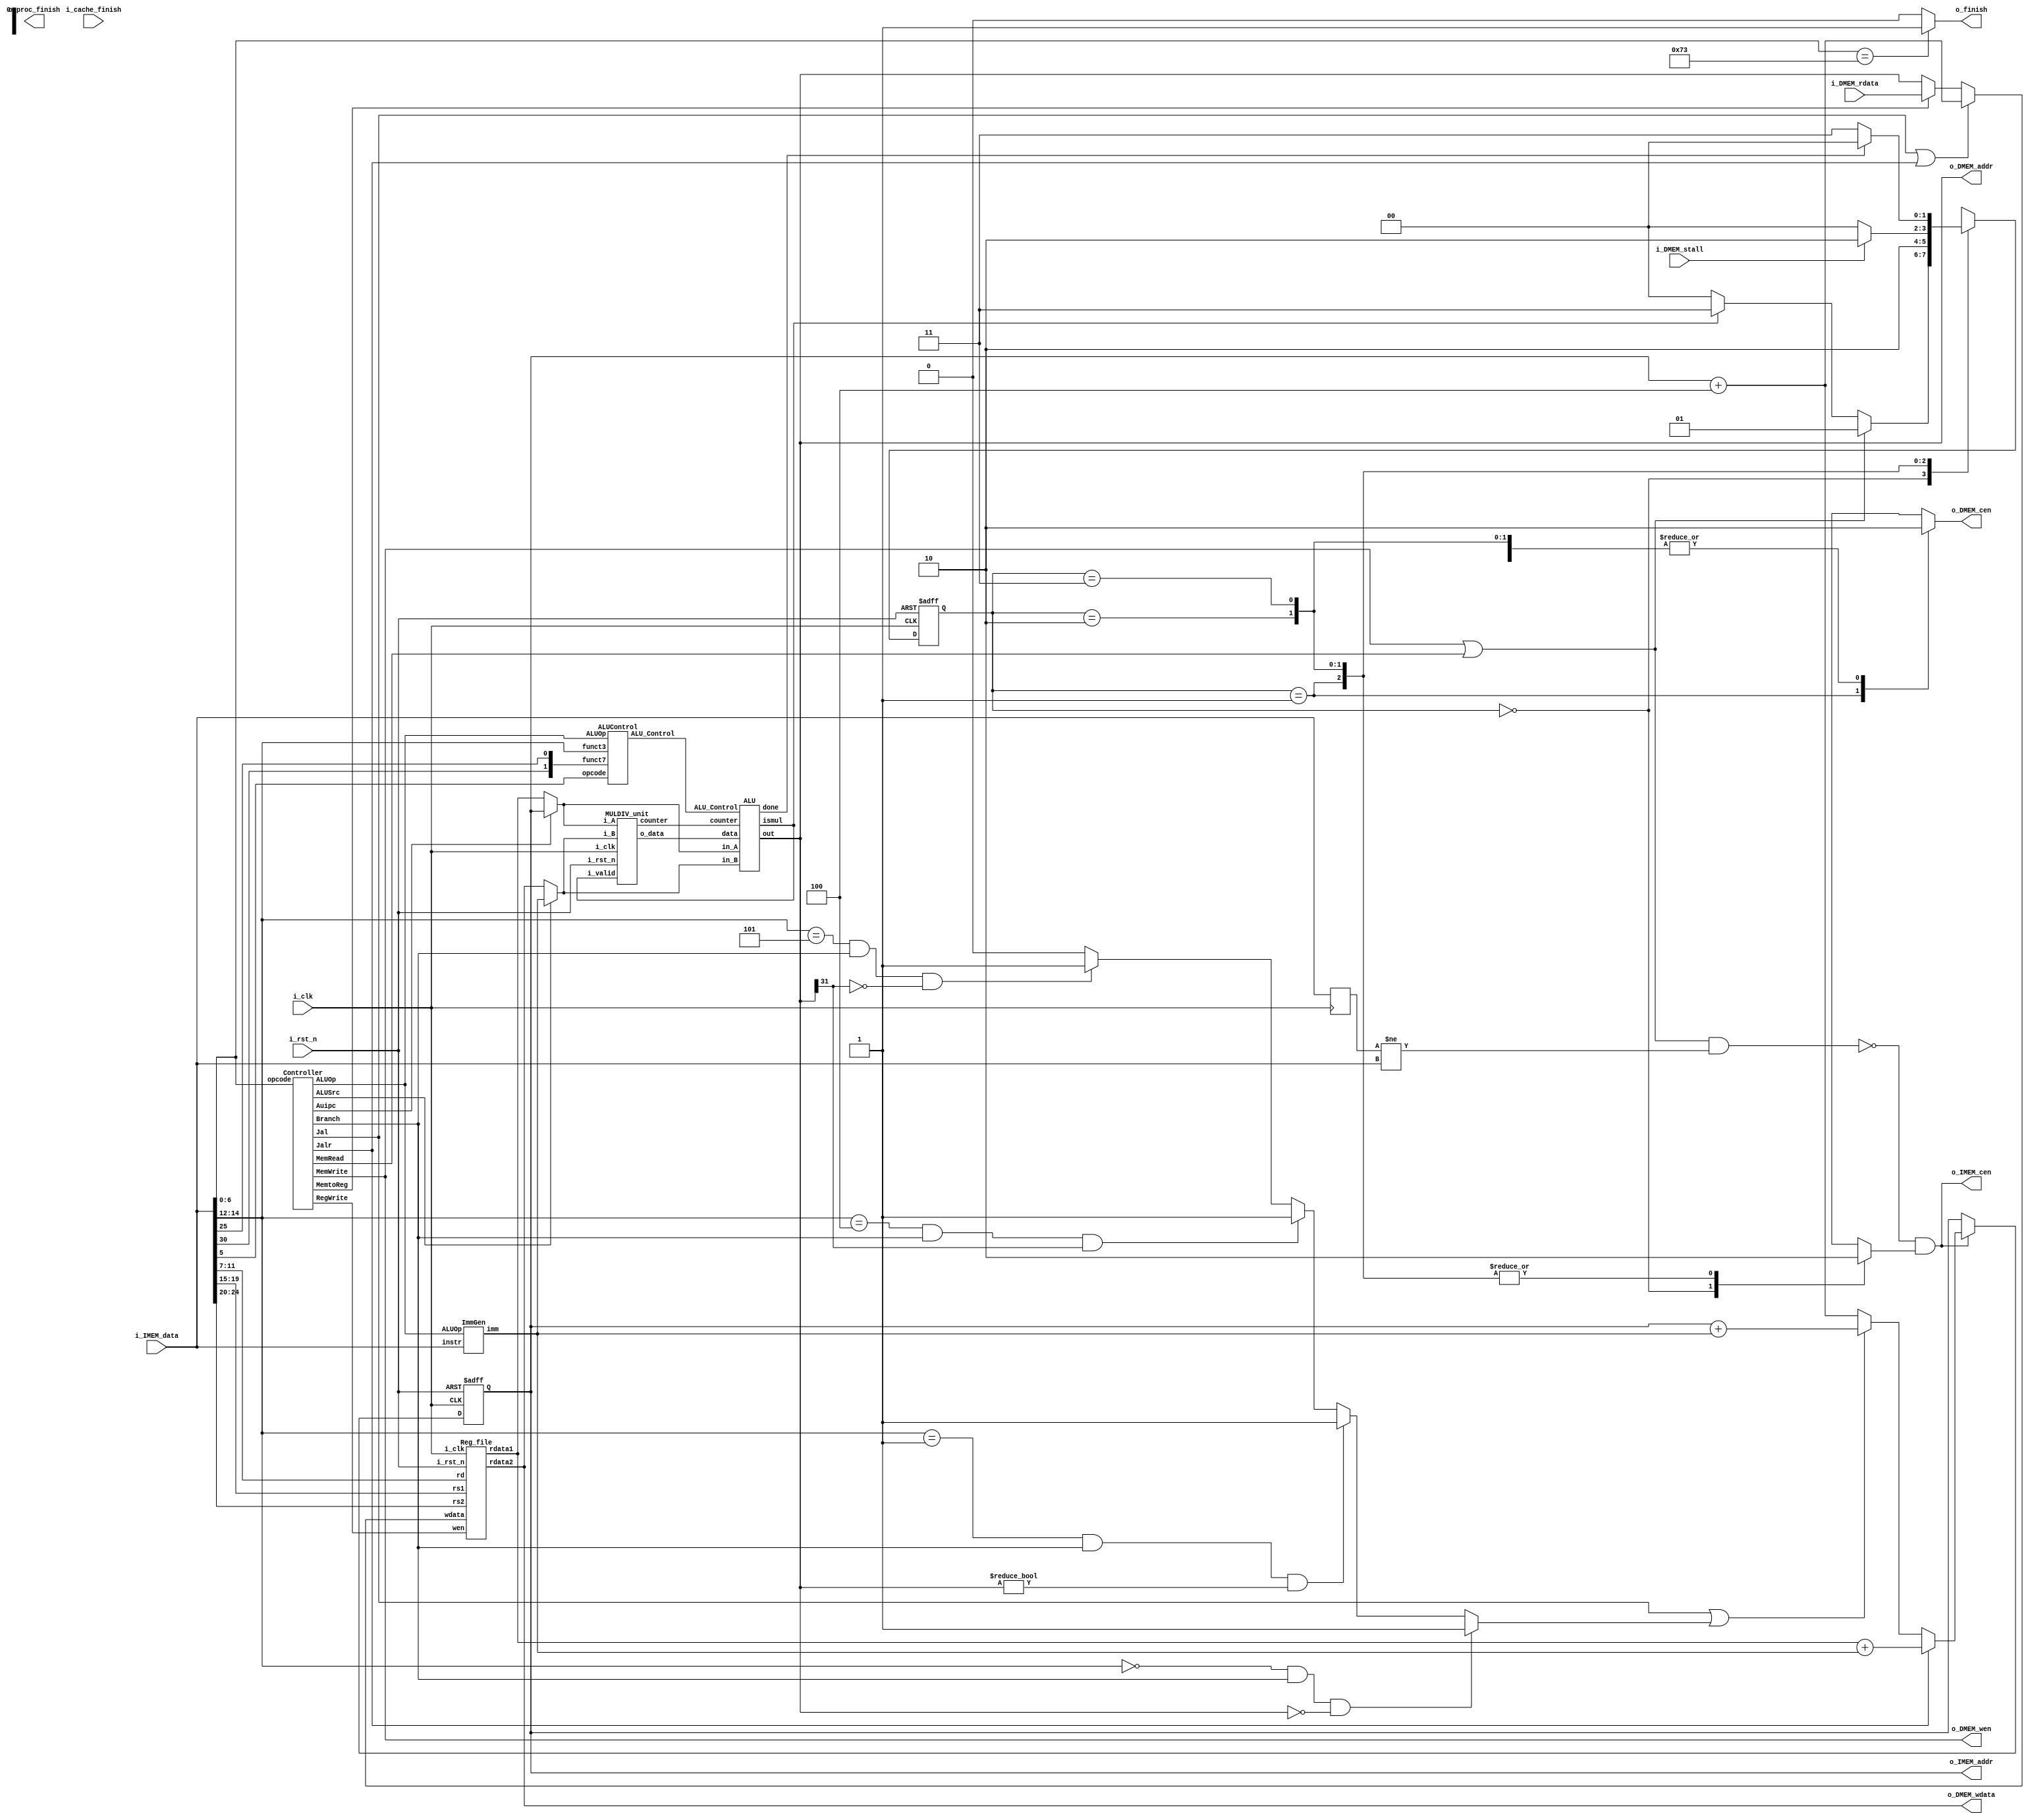
//----------------------------- DO NOT MODIFY THE I/O INTERFACE!! ------------------------------//
module CHIP #(                                                                                  //
    parameter BIT_W = 32                                                                        //
)(                                                                                              //
    // clock                                                                                    //
        input               i_clk,                                                              //
        input               i_rst_n,                                                            //
    // instruction memory                                                                       //
        input  [BIT_W-1:0]  i_IMEM_data,                                                        //
        output [BIT_W-1:0]  o_IMEM_addr,                                                        //
        output              o_IMEM_cen,                                                         //
    // data memory                                                                              //
        input               i_DMEM_stall,                                                       //
        input  [BIT_W-1:0]  i_DMEM_rdata,                                                       //
        output              o_DMEM_cen,                                                         //
        output              o_DMEM_wen,                                                         //
        output [BIT_W-1:0]  o_DMEM_addr,                                                        //
        output [BIT_W-1:0]  o_DMEM_wdata,                                                       //
    // finnish procedure                                                                        //
        output              o_finish,                                                           //
    // cache                                                                                    //
        input               i_cache_finish,                                                     //
        output              o_proc_finish                                                       //
);                                                                                              //
//----------------------------- DO NOT MODIFY THE I/O INTERFACE!! ------------------------------//

// ------------------------------------------------------------------------------------------------------------------------------------------------------
// Parameters
// ------------------------------------------------------------------------------------------------------------------------------------------------------

    // TODO: any declaration

// ------------------------------------------------------------------------------------------------------------------------------------------------------
// Wires and Registers
// ------------------------------------------------------------------------------------------------------------------------------------------------------
    
    // TODO: any declaration
    reg [BIT_W-1:0] PC, PC_plus4, PC_plusimm, PC_branch, PC_nxt;
    reg [1:0] state, state_nxt;
    reg dcen,icen;
    reg [31:0] instruc_delay;
    reg fin_sig;
    
    
    wire [BIT_W-1:0] mem_addr, mem_wdata, mem_rdata;
    wire alusrc,memtoreg,regwrite,memread,memwrite,branch,jal,jalr,auipc;
    wire [1:0] aluop;
    wire [31:0] imm;
    wire [2:0] alu_control;
    wire [31:0] in_A,in_B;
    wire [31:0] rd1;
    wire [31:0] m2r,wd,m2r_nxt;
    wire jump;
    wire block;
    wire [4:0] counter;
    wire alu_mul;
    wire [63:0] o_data;
    wire alu_done;
    wire new;

    
    




// ------------------------------------------------------------------------------------------------------------------------------------------------------
// Continuous Assignment
    assign in_A = (auipc)? PC : rd1;
    assign in_B = (alusrc)? imm : o_DMEM_wdata;
    assign m2r = (memtoreg)? i_DMEM_rdata : o_DMEM_addr;
    assign wd = (jal|jalr)? PC_plus4 : m2r;
    assign o_IMEM_addr = PC;
    assign jump = (i_IMEM_data[14:12] == 3'b000 && branch ==1 && o_DMEM_addr ==0)? 1: //jump
                  (i_IMEM_data[14:12] == 3'b001 && branch ==1 && o_DMEM_addr !=0)? 1:
                  (i_IMEM_data[14:12] == 3'b100 && branch ==1 && o_DMEM_addr[31] ==1)? 1:
                  (i_IMEM_data[14:12] == 3'b101 && branch ==1 && o_DMEM_addr[31] ==0)? 1:0;
    assign o_DMEM_wen = memwrite;
    assign o_IMEM_cen = ~block&icen;
    assign o_DMEM_cen = dcen;
    assign block = (memwrite|memread)&(new);
    assign new = (instruc_delay != i_IMEM_data);
    assign o_finish = fin_sig;

    

// ------------------------------------------------------------------------------------------------------------------------------------------------------

    // TODO: any wire assignment

// ------------------------------------------------------------------------------------------------------------------------------------------------------
// Submoddules
    Controller control_unit(
        .opcode(i_IMEM_data[6:0]), 
        .ALUSrc(alusrc), 
        .MemtoReg(memtoreg), 
        .RegWrite(regwrite), 
        .MemRead(memread), 
        .MemWrite(memwrite), 
        .Branch(branch), 
        .Jal(jal), 
        .Jalr(jalr),
        .ALUOp(aluop),
        .Auipc(auipc));

    ImmGen imm_gen_unit(
        .instr(i_IMEM_data), 
        .ALUOp(aluop), 
        .imm(imm));


    ALUControl alu_control_unit(
        .ALUOp(aluop), 
        .funct7({i_IMEM_data[30],i_IMEM_data[25]}), 
        .funct3(i_IMEM_data[14:12]), 
        .opcode(i_IMEM_data[5]),
        .ALU_Control(alu_control));

    ALU alu_unit(
        .ALU_Control(alu_control), 
        .in_A(in_A), 
        .in_B(in_B), 
        .out(o_DMEM_addr),
        .counter(counter),
        .data(o_data),
        .done(alu_done),
        .ismul(alu_mul));


    MULDIV_unit mul(
        .i_clk(i_clk), 
        .i_rst_n(i_rst_n), 
        .i_valid(alu_mul), 
        .i_A(in_A), 
        .i_B(in_B), 
        .o_data(o_data), 
        .counter(counter));


// ------------------------------------------------------------------------------------------------------------------------------------------------------

    // TODO: Reg_file wire connection
    Reg_file reg0(               
        .i_clk  (i_clk),             
        .i_rst_n(i_rst_n),         
        .wen    (regwrite),          
        .rs1    (i_IMEM_data[19:15]),                
        .rs2    (i_IMEM_data[24:20]),                
        .rd     (i_IMEM_data[11:7]),                 
        .wdata  (wd),             
        .rdata1 (rd1),           
        .rdata2 (o_DMEM_wdata)
    );

// ------------------------------------------------------------------------------------------------------------------------------------------------------
// Always Blocks
    // FSM
    always @(*) begin//state handle for mem or not
        case(state)
            2'b00  : begin
                        icen = 1;
                        dcen = 0;
                        if(memwrite|memread) state_nxt = 2'b01;
                        else if(alu_mul) state_nxt = 2'b11;
                        else state_nxt = 2'b00;
                    end
            2'b01   : begin
                        icen = 0;
                        dcen = 1;
                        state_nxt = 2'b10;       
                    end
            2'b10   : begin
                        icen = 0;
                        dcen = 0;
                        if(i_DMEM_stall) state_nxt = 2'b10;
                        else state_nxt = 2'b00;  
                    end
            2'b11   : begin
                        icen = 0;
                        dcen = 0;
                        if(alu_done) state_nxt = 2'b00;
                        else state_nxt = 2'b11;   
                    end          
            default : begin
                        icen = 0;
                        dcen = 0;
                        state_nxt = 2'b00; 
                    end
        endcase
    end
    always @(*) begin//PC handle next PC and  branch PC
        if(o_IMEM_cen) begin // load instruction
            PC_plus4 = PC + 4;
            PC_plusimm = PC + $signed(imm);
            if(jal || jump) PC_branch = PC_plusimm;
            else PC_branch = PC_plus4;
            if(jalr) PC_nxt = $signed(rd1) + $signed(imm);
            else PC_nxt = PC_branch;
        end
        else begin // not load instruction
            PC_nxt = PC;
            PC_plus4 = PC + 4;
            PC_plusimm = PC + $signed(imm);
            if(jal || jump) PC_branch = PC_plusimm;
            else PC_branch = PC_plus4;
        end

    end

    always @(*) begin
        if (i_IMEM_data[6:0] == 7'b1110011) fin_sig = 1'd1;
        else fin_sig = 1'd0;
    end
// ------------------------------------------------------------------------------------------------------------------------------------------------------
    
    // Todo: any combinational/sequential circuit

    always @(posedge i_clk or negedge i_rst_n) begin
        if (!i_rst_n) begin
            PC <= 32'h00010000; // Do not modify this value!!!
            state <= 2'b00;
        end
        else begin
            PC <= PC_nxt;
            state <= state_nxt;
        end
    end


    always @(posedge i_clk) begin
        instruc_delay <= i_IMEM_data;
    end


endmodule

module Reg_file(i_clk, i_rst_n, wen, rs1, rs2, rd, wdata, rdata1, rdata2);
   
    parameter BITS = 32;
    parameter word_depth = 32;
    parameter addr_width = 5; // 2^addr_width >= word_depth
    
    input i_clk, i_rst_n, wen; // wen: 0:read | 1:write
    input [BITS-1:0] wdata;
    input [addr_width-1:0] rs1, rs2, rd;

    output [BITS-1:0] rdata1, rdata2;

    reg [BITS-1:0] mem [0:word_depth-1];
    reg [BITS-1:0] mem_nxt [0:word_depth-1];

    integer i;

    assign rdata1 = mem[rs1];
    assign rdata2 = mem[rs2];

    always @(*) begin
        for (i=0; i<word_depth; i=i+1) 
            mem_nxt[i] = (wen && (rd == i)) ? wdata : mem[i];
    end

    always @(posedge i_clk or negedge i_rst_n) begin
        if (!i_rst_n) begin
            mem[0] <= 0;
            for (i=1; i<word_depth; i=i+1) begin
                case(i)
                    32'd2: mem[i] <= 32'hbffffff0;
                    32'd3: mem[i] <= 32'h10008000;
                    default: mem[i] <= 32'h0;
                endcase
            end
        end
        else begin
            mem[0] <= 0;
            for (i=1; i<word_depth; i=i+1)
                mem[i] <= mem_nxt[i];
        end       
    end
endmodule

module MULDIV_unit(i_clk, i_rst_n, i_valid, i_A, i_B, o_data, counter);
    input          i_clk;
    input          i_rst_n;
    input          i_valid;
    input  [31:0]  i_A;
    input  [31:0]  i_B;
    output [63:0]  o_data;
    output reg [4:0] counter;
    // Todo: HW2
    reg            state, state_nxt;
    reg    [4:0]   counter_nxt;
    reg    [63:0]  ans;
    reg    [63:0]  ans_nxt;
    reg    [31: 0] operand_a, operand_a_nxt;
    reg    [31: 0] operand_b, operand_b_nxt;

    assign o_data = ans ;

    parameter S_IDLE           = 1'd0;
    parameter S_MULTI_CYCLE_OP = 1'd1;


    always @(*) begin
        if (i_valid && counter == 0) begin
            operand_a_nxt = i_A;
            operand_b_nxt = i_B;
        end
        else begin
            operand_a_nxt = operand_a;
            operand_b_nxt = operand_b;
        end
    end

    // Todo: FSM
    always @(*) begin
        case(state)
            S_IDLE : 
            begin
                if (i_valid == 1)
                begin
                    state_nxt = S_MULTI_CYCLE_OP;
                end
                else state_nxt = state;
            end
            S_MULTI_CYCLE_OP : state_nxt = (counter == 5'd31)? S_IDLE : S_MULTI_CYCLE_OP;
            default : state_nxt = state;
        endcase
    end


    // Todo: Counter
    always @(*)
    begin
        if (state == S_IDLE) counter_nxt = 5'd0;
        else counter_nxt = counter + 1;
    end
    // Todo: ALU output
    always @(*)
    begin
        if (state == S_MULTI_CYCLE_OP) begin
            if (counter == 0)
            begin
                ans_nxt[30:0] = operand_a[31:1];
                if (operand_a[0] == 1) 
                begin
                    ans_nxt[62:31] = operand_b;
                    ans_nxt[63] = 1'd0;
                end
                else ans_nxt[63:31] = 33'd0;
            end
            else
            begin
                ans_nxt[62:0] = ans[63:1];
                if (ans[0] == 1) ans_nxt[63:31] = ans[63:32] + operand_b;
                else 
                begin
                    ans_nxt[63] = 1'd0;
                end
            end
        end
        else ans_nxt = 64'd0;
    end

    always @(posedge i_clk or negedge i_rst_n) begin
        if (!i_rst_n) begin
            state       <= S_IDLE;
            operand_a   <= 0;
            operand_b   <= 0;
            counter <= 0;
        end
        else begin
            state       <= state_nxt;
            operand_a   <= operand_a_nxt;
            operand_b   <= operand_b_nxt;
            counter     <= counter_nxt;
            ans         <= ans_nxt;
        end
    end



    //--------------------------------------------------------------------------------------------------------
    // Todo: FSM
    // 0: idle
    // 1: mul
    // always @(*) begin

    //     case(state)
    //         1'b0: begin
    //             // IDLE
    //             if(i_valid) begin
    //                 if(shift[0]) alu_out = shift[63:32] + alu_in;
    //                 else alu_out = {1'b0,shift[63:32]};
    //                 next_state = 1'b1;
    //             end
    //             else begin
    //                 next_state = 1'b0;
    //                 alu_out = 33'b0;
    //             end
    //         end
    //         1'b1: begin
    //             // MUL
    //             if(shift[0]) alu_out = shift[63:32] + alu_in;
    //             else alu_out = {1'b0,shift[63:32]};
    //             if(counter==31) next_state = 1'b0;
    //             else next_state = 1'b1;
    //         end
    //     endcase
    // end
    // // Todo: Counter
    // always @(*) begin
    //     case(state)
    //         1'b0: next_counter = 0;
    //         1'b1: begin
    //             if(counter==31) next_counter = 1;
    //             else next_counter = counter + 1;
    //         end
    //     endcase
    // end
    // // Todo: ALU output
    // always @(*) begin
    //     case(state)
    //         1'b0: begin
    //             if(i_valid) next_alu_in = {32'b0,i_B};
    //             else next_alu_in = 0;
    //         end
    //         1'b1: next_alu_in = alu_in;
    //     endcase
    // end
    // // Todo: Shift register
    // always @(*) begin
    //     case(state) 
    //         1'b0: begin
    //             data = 0;
    //             if(i_valid) next_shift = {32'b0,i_A};
    //             else next_shift = 0;
    //         end
    //         1'b1 : begin
    //             next_shift = {alu_out,shift[31:1]};
    //             if(counter == 31) data = next_shift;
    //             else data = 0;
    //         end
    //     endcase
    // end
    // // Todo: Sequential always block
    // always @(posedge i_clk or negedge i_rst_n) begin
    //     if (!i_rst_n) begin
    //         state <= 1'b0;
    //         counter <= 5'b0;
    //         alu_in <= 32'b0;
    //         shift <= 64'b0;
    //     end
    //     else begin
    //         state <= next_state;
    //         counter <= next_counter;
    //         alu_in <= next_alu_in;
    //         shift <= next_shift;
    //     end
    // end
    //--------------------------------------------------------------------------------------------------------
endmodule



module Cache#(
        parameter BIT_W = 32,
        parameter ADDR_W = 32
    )(
        input i_clk,
        input i_rst_n,
        // processor interface
            input i_proc_cen,
            input i_proc_wen,
            input [ADDR_W-1:0] i_proc_addr,
            input [BIT_W-1:0]  i_proc_wdata,
            output [BIT_W-1:0] o_proc_rdata,
            output o_proc_stall,
            input i_proc_finish,
            output o_cache_finish,
        // memory interface
            output o_mem_cen,
            output o_mem_wen,
            output [ADDR_W-1:0] o_mem_addr,
            output [BIT_W*4-1:0]  o_mem_wdata,
            input [BIT_W*4-1:0] i_mem_rdata,
            input i_mem_stall,
            output o_cache_available,
        // others
        input  [ADDR_W-1: 0] i_offset
    );

    assign o_cache_available = 0; // change this value to 1 if the cache is implemented

    //------------------------------------------//
    //          default connection              //
    assign o_mem_cen = i_proc_cen;              //
    assign o_mem_wen = i_proc_wen;              //
    assign o_mem_addr = i_proc_addr;            //
    assign o_mem_wdata = i_proc_wdata;          //
    assign o_proc_rdata = i_mem_rdata[0+:BIT_W];//
    assign o_proc_stall = i_mem_stall;          //
    //------------------------------------------//

    // Todo: BONUS

endmodule





module Controller(opcode, ALUSrc, MemtoReg, RegWrite, MemRead, MemWrite, Branch, Jal, Jalr, ALUOp, Auipc);
    input  [6:0] opcode;
    output       ALUSrc, MemtoReg, RegWrite, MemRead, MemWrite, Branch, Jal, Jalr, Auipc;
    output [1:0] ALUOp;
    reg    [10:0] control;

    assign {ALUSrc, MemtoReg, RegWrite, MemRead, MemWrite, Branch, Jal, Jalr, ALUOp, Auipc} = control;

    always @(*) begin

        control = 11'b00000000000;
        case(opcode)
            7'b0110011: control = 11'b00100000100; // R-type
            7'b0010011: control = 11'b10100000100; // I-type
            7'b0000011: control = 11'b11110000000; // lw
            7'b0100011: control = 11'b10001000000; // sw
            7'b1100011: control = 11'b00000100010; // beq, bne, blt, bge
            7'b1101111: control = 11'b10100010000; // jal
            7'b1100111: control = 11'b10100001000; // jalr
            7'b0010111: control = 11'b10100000001; // auipc
            // 7'b1110011: control = 11'b00000000000; // ecall
        endcase
    end
endmodule

module ALUControl(ALUOp, funct7, funct3, opcode, ALU_Control);
    input      [1:0] ALUOp, funct7;
    input      [2:0] funct3;
    input            opcode;
    output reg [2:0] ALU_Control;

    always @(*) begin
        case(ALUOp)
            2'b00: ALU_Control = 3'b000; // add
            2'b01: ALU_Control = 3'b001; // sub
            2'b10: begin
                if(opcode) begin
                    case(funct3)
                        3'b000: begin
                            ALU_Control = (funct7==2'b00) ? 3'b000 :          // add
                                          (funct7==2'b10) ? 3'b001 : 3'b011;  // sub, mul
                        end
                        3'b111: ALU_Control = 3'b010; // and
                        3'b100: ALU_Control = 3'b100; // xor
                        default: ALU_Control = 3'b000;
                    endcase
                end
                else begin
                    case(funct3)
                        3'b000: ALU_Control = 3'b000; // addi
                        3'b001: ALU_Control = 3'b101; // slli
                        3'b101: ALU_Control = 3'b110; // srai
                        3'b010: ALU_Control = 3'b111; // slti
                        default: ALU_Control = 3'b000;
                    endcase

                end
            end
            default: ALU_Control = 3'b000;
        endcase
    end
endmodule

module ALU(ALU_Control, in_A, in_B, out, counter, data, done, ismul);
    input      [2:0]  ALU_Control;
    input      [31:0] in_A, in_B;
    input      [4:0]  counter;
    input      [63:0] data;
    output reg [31:0] out;
    output reg        done;
    output            ismul;  

    reg mul;

    assign ismul = mul; 
    always @(*) begin
        out = 32'b0;
        case(ALU_Control)
            3'b000: begin
                out = $signed(in_A) + $signed(in_B); // add
                done = 1'b1;
                mul = 1'b0;
            end
            3'b001: begin
                out = $signed(in_A) - $signed(in_B); // sub
                done = 1'b1;
                mul = 1'b0;
            end
            3'b010: begin
                out = in_A & in_B; // and
                done = 1'b1;
                mul = 1'b0;
            end
            3'b011: begin
                out = data[31:0]; // mul
                if(counter==31) done = 1'b1;
                else done = 1'b0;  
                mul = 1'b1;    
            end
            3'b100: begin
                out = in_A ^ in_B; // xor
                done = 1'b1;
                mul = 1'b0;
            end
            3'b101: begin
                out = in_A << $signed(in_B[4:0]); // slli
                // out = in_A << in_B[4:0]; // slli
                done = 1'b1;
                mul = 1'b0;
            end
            3'b110: begin
                out = in_A >>> $signed(in_B[4:0]); // srai
                // out = in_A >>> in_B[4:0]; // srai
                done = 1'b1;
                mul = 1'b0;
            end
            3'b111: begin
                out = ($signed(in_A) < $signed(in_B)) ? 1:0; // slti
                done = 1'b1;
                mul = 1'b0;
            end
        endcase
    end
endmodule

module ImmGen(instr, ALUOp, imm);
    input      [31:0] instr;
    input      [1:0]  ALUOp;
    output reg [31:0] imm;

    always @(*) begin      
        case(ALUOp)
            2'b10: imm = {{20{instr[31]}}, instr[31:20]}; // I-type
            2'b01: imm = {{20{instr[31]}}, instr[7], instr[30:25], instr[11:8], 1'b0}; // beq, bne, blt, bge
            2'b00: begin
                case(instr[6:0])
                    7'b0000011: imm = {{20{instr[31]}}, instr[31:20]}; // lw
                    7'b0100011: imm = {{20{instr[31]}}, instr[31:25], instr[11:7]}; // sw
                    7'b1101111: imm = {{12{instr[31]}}, instr[19:12], instr[20], instr[30:21], 1'b0}; // jal
                    7'b1100111: imm = {{20{instr[31]}}, instr[31:20]}; // jalr
                    7'b0010111: imm = {instr[31:12],12'b0}; // auipc
                    default: imm = 32'b0;
                endcase
            end
            default: imm = 32'b0;
        endcase
    end
endmodule









// module Cache#(
//         parameter BIT_W = 32,
//         parameter ADDR_W = 32
//     )(
//         input i_clk,
//         input i_rst_n,
//         // processor interface
//             input i_proc_cen,
//             input i_proc_wen,
//             input [ADDR_W-1:0] i_proc_addr,
//             input [BIT_W-1:0]  i_proc_wdata,
//             output [BIT_W-1:0] o_proc_rdata,
//             output o_proc_stall,
//         // memory interface
//             output o_mem_cen,
//             output o_mem_wen,
//             output [ADDR_W-1:0] o_mem_addr,
//             output [BIT_W-1:0]  o_mem_wdata,
//             input [BIT_W-1:0] i_mem_rdata,
//             input i_mem_stall
//     );


// /*    //---------------------------------------//
//     //          default connection           //
//     assign o_mem_cen = i_proc_cen;        //
//     assign o_mem_wen = i_proc_wen;        //
//     assign o_mem_addr = i_proc_addr;      //
//     assign o_mem_wdata = i_proc_wdata;    //
//     assign o_proc_rdata = i_mem_rdata;    //
//     assign o_proc_stall = i_mem_stall;    //
//     //---------------------------------------//

// */
//     // Todo: BONUS
 
//     //==== state definition ===================================
//         parameter READY = 2'b00; 
//         parameter MISS  = 2'b01;
//         parameter WRITE  = 2'b10; 
//     //==== wire/reg definition ================================
//         // 30 = 28 + 2
//         wire [29:0]  proc_addr;
//         reg          mem_cen,mem_wen,proc_stall;
//         reg          mem_write_w, mem_write_r;
//         reg  [31:0]  mem_addr_w, mem_addr_r;
//         reg  [31:0]  mem_wdata_w, mem_wdata_r;
//         reg  [1:0]   state_w, state_r;
//         reg  [63:0]  cache_w[0:3], cache_r[0:3];
//         reg  [55:0]  tag_w[0:3], tag_r[0:3];
//         reg          lru_w[0:3], lru_r[0:3];
//         wire [1:0]   index;
//         wire [63:0]  data;
//         wire [55:0]  tag;
//         wire         lru;
//         wire         hit1, hit0;
//         wire         hit;
//         integer i;

//     //==== combinational circuit ==============================
//         assign proc_addr = i_proc_addr[31:2];
//         assign index = proc_addr[1:0];
//         assign {tag, data, lru} = {tag_r[index], cache_r[index], lru_r[index]};
//         assign hit1 = (tag[55:28] == proc_addr[29:2]);
//         assign hit0 = (tag[27:0] == proc_addr[29:2]);
//         assign hit = hit1 || hit0;
//         assign o_mem_addr = mem_addr_r;
//         assign o_mem_wdata = mem_wdata_r;
//         assign o_mem_cen = mem_cen;
//         assign o_mem_wen = mem_wen;
//         assign o_proc_stall = proc_stall;
//         assign o_proc_rdata = (hit1)? data[63:32]: data[31:0];

//        always @(*) begin
//             case(state_r)
//                 READY: begin
//                     if(i_proc_cen) begin
//                         if(hit) begin
//                             if(!i_proc_wen) begin
//                                 // read hit
//                                 proc_stall = 1'b0;
//                                 state_w = state_r;
//                                 mem_cen = 1'b0;
//                                 mem_wen = 1'b0;
//                                 mem_addr_w = mem_addr_r;
//                                 mem_wdata_w = mem_wdata_r;
//                             end
//                             else begin
//                                 // write hit
//                                 proc_stall = 1'b1;
//                                 state_w = WRITE;
//                                 mem_cen = 1'b1;
//                                 mem_wen = 1'b1;
//                                 mem_addr_w = i_proc_addr;
//                                 mem_wdata_w = i_proc_wdata;
//                             end
//                         end
//                         else begin
//                             // miss
//                             proc_stall = 1'b1;
//                             state_w = MISS;
//                             mem_cen = 1'b1;
//                             mem_wen = 1'b0;
//                             mem_addr_w = i_proc_addr;
//                             mem_wdata_w = lru ? data[63:32] : data[31:0];
//                         end
//                     end
//                     else begin
//                         proc_stall = 1'b0;
//                         state_w = state_r;
//                         mem_cen = 1'b0;
//                         mem_wen = 1'b0;
//                         mem_addr_w = mem_addr_r;
//                         mem_wdata_w = mem_wdata_r;

//                     end
//                 end
//                 MISS: begin
//                     // read
//                     if(~i_mem_stall) begin// no stall
//                         if(!i_proc_wen) begin
//                             // read miss
//                             proc_stall = 1'b1;
//                             state_w = READY;
//                             mem_cen = 1'b0;
//                             mem_wen = 1'b0;
//                             mem_addr_w = i_proc_addr;
//                             mem_wdata_w = lru ? data[63:32] : data[31:0];
//                         end
//                         else begin
//                             // write miss
//                             proc_stall = 1'b1;
//                             state_w = WRITE;
//                             mem_cen = 1'b1;
//                             mem_wen = 1'b1;
//                             mem_addr_w = i_proc_addr;
//                             mem_wdata_w = i_proc_wdata;
//                         end
//                     end
//                     else begin//stall
//                         proc_stall = 1'b1;
//                         state_w = MISS;
//                         mem_cen = 1'b1;
//                         mem_wen = 1'b0;
//                         mem_addr_w = mem_addr_r;
//                         mem_wdata_w = lru ? data[63:32] : data[31:0];
//                     end
//                 end
//                 WRITE: begin
//                     if(~i_mem_stall) begin
//                             proc_stall = 1'b1;
//                             state_w = READY;
//                             mem_cen = 1'b0;
//                             mem_wen = 1'b0;
//                             mem_addr_w = i_proc_addr;
//                             mem_wdata_w = lru ? data[63:32] : data[31:0];
//                         end
//                     else begin
//                             proc_stall = 1'b1;
//                             state_w = WRITE;
//                             mem_cen = 1'b1;
//                             mem_wen = 1'b1;
//                             mem_addr_w = mem_addr_r;
//                             mem_wdata_w = mem_wdata_r;
//                         end
//                     end
//                 default: begin
//                     proc_stall = 1'b1;
//                     state_w = READY;
//                     mem_cen = 1'b0;
//                     mem_wen = 1'b1;
//                     mem_addr_w = mem_addr_r;
//                     mem_wdata_w = mem_wdata_r;
//                 end
//             endcase
//         end

//     //==== sequential circuit =================================
//     always@( posedge i_clk ) begin
//         if( !i_rst_n ) begin
//             state_r <= READY;
//             mem_write_r <= 1'b0;
//             mem_addr_r <= 32'b0;
//             mem_wdata_r <= 32'b0;
//             for(i=0;i<4;i=i+1) begin
//                 cache_r[i] <= 64'b0;
//                 tag_r[i] <= 56'hff_ffff_ffff_ffff;
//                 lru_r[i] <= 1'b0;
//             end
//         end
//         else begin
//             state_r <= state_w;
//             mem_write_r <= mem_write_w;
//             mem_addr_r <= mem_addr_w;
//             mem_wdata_r <= mem_wdata_w;
//             for(i=0;i<4;i=i+1) begin
//                 cache_r[i] <= cache_w[i];
//                 tag_r[i] <= tag_w[i];
//                 lru_r[i] <= lru_w[i];
//             end
//         end
//     end
    

// endmodule